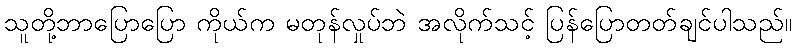
သူတို့ဘာပြောပြော ကိုယ်က မတုန်လှုပ်ဘဲ အလိုက်သင့် ပြန်ပြောတတ်ချင်ပါသည်။